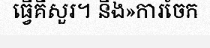
ធ្វើគឺសួរ។ និង»ការចែក